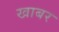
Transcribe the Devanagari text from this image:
खाबर